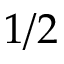
1 / 2